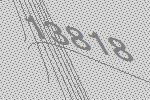
13818